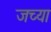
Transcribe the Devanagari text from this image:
जच्या